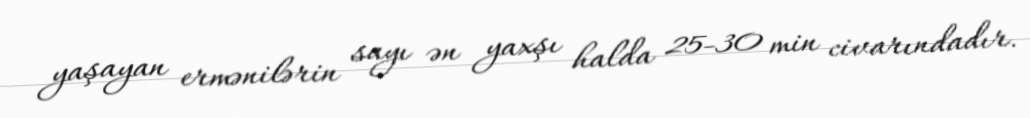
yaşayan ermənilərin sayı ən yaxşı halda 25-30 min civarındadır.